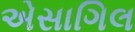
એસાગિલ